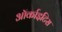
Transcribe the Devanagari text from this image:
ऑर्काइटिस